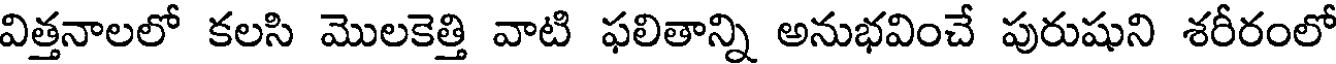
విత్తనాలలో కలసి మొలకెత్తి వాటి ఫలితాన్ని అనుభవించే పురుషుని శరీరంలో